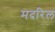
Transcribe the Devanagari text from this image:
मदरिल